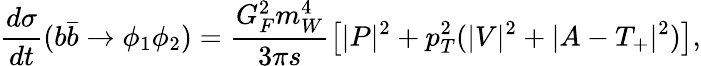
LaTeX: \frac{d\sigma}{dt}(b\bar{b}\to\phi_{1}\phi_{2})=\frac{G_{F}^{2}m_{W}^{4}}{3\pi s}\left[|P|^{2}+p_{T}^{2}(|V|^{2}+|A-T_{+}|^{2})\right],